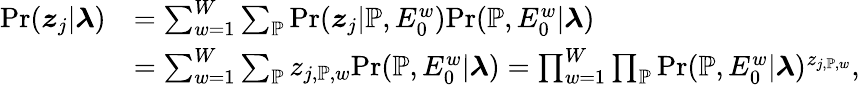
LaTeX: \begin{array}{rl}{\mathrm{Pr}(\boldsymbol{z}_{j}|\boldsymbol{\lambda})}&{=\sum_{w=1}^{W}\sum_{\mathbb{P}}\mathrm{Pr}(\boldsymbol{z}_{j}|\mathbb{P},E_{0}^{w})\mathrm{Pr}(\mathbb{P},E_{0}^{w}|\boldsymbol{\lambda})}\\ &{=\sum_{w=1}^{W}\sum_{\mathbb{P}}z_{j,\mathbb{P},w}\mathrm{Pr}(\mathbb{P},E_{0}^{w}|\boldsymbol{\lambda})=\prod_{w=1}^{W}\prod_{\mathbb{P}}\mathrm{Pr}(\mathbb{P},E_{0}^{w}|\boldsymbol{\lambda})^{z_{j,\mathbb{P},w}},}\end{array}